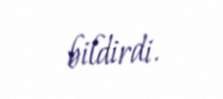
bildirdi.